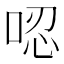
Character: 𠴍